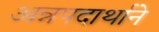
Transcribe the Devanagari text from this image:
अन्नपदार्थाने